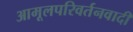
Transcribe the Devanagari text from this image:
आमूलपरिवर्तनवादी